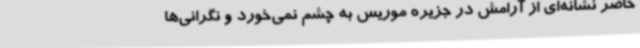
حاضر نشانه‌ای از آرامش در جزیره موریس به چشم نمی‌خورد و نگرانی‌ها